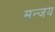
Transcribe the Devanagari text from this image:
सन्जय